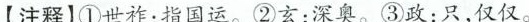
【[注释】①世祚：指国运。②玄：深奥。③政：只，仅仅。